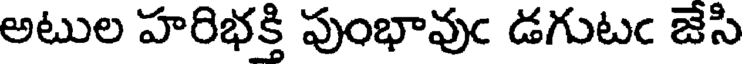
అటుల హరిభక్తి పుంభావుఁ డగుటఁ జేసి